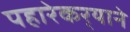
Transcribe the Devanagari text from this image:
पहारेकर्‍याने